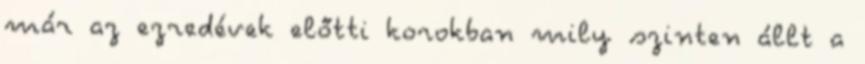
már az ezredévek előtti korokban mily szinten állt a